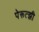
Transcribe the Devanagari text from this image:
पेरूत्झी